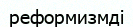
реформизмді